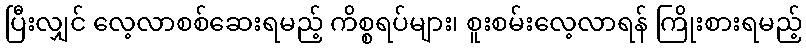
ပြီးလျှင် လေ့လာစစ်ဆေးရမည့် ကိစ္စရပ်များ၊ စူးစမ်းလေ့လာရန် ကြိုးစားရမည့်